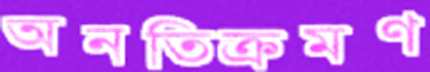
অনতিক্রমণ